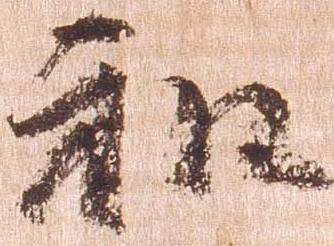
和